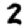
Digit: 2